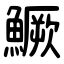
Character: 鱖